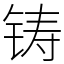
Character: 铸